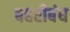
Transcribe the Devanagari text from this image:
बहरीबंध